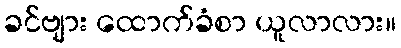
ခင်ဗျား ထောက်ခံစာ ယူလာလား။